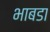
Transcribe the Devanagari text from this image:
भाबडा